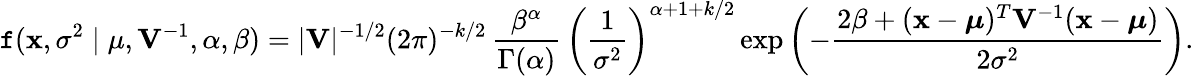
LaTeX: \mathtt{f}(\mathbf{{x}},\sigma^{2}\mid\mu,\mathbf{{V}}^{-1},\alpha,\beta)=|\mathbf{{V}}|^{-1/2}{(2\pi)^{-k/2}}\, {\frac{{\beta^{\alpha}}}{{\Gamma(\alpha)}}}\, \left({\frac{{1}}{{\sigma^{2}}}}\right)^{\alpha+1+k/2}\exp\left(-{\frac{{2\beta+(\mathbf{{x}}-{\boldsymbol{\mu}})^{T}\mathbf{{V}}^{-1}(\mathbf{{x}}-{\boldsymbol{\mu}})}}{{2\sigma^{2}}}}\right).